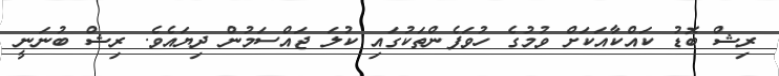
ރިޝް ބޮޑު ކައްކާއަކަށް ވުމުގެ ހުވަފެންތަކުގައި ކުލަ ޖައްސަމުން ދިޔައެވެ. ރިޝް ބުނަނީ